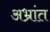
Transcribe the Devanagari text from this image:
अभ्रांत